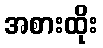
အစားထိုး